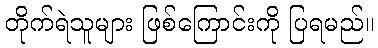
တိုက်ရဲသူများ ဖြစ်ကြောင်းကို ပြရမည်။